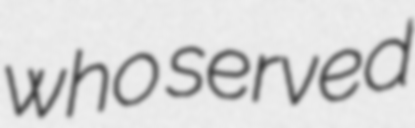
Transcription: who served